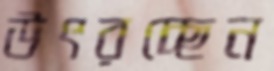
উৎরচ্ছেন